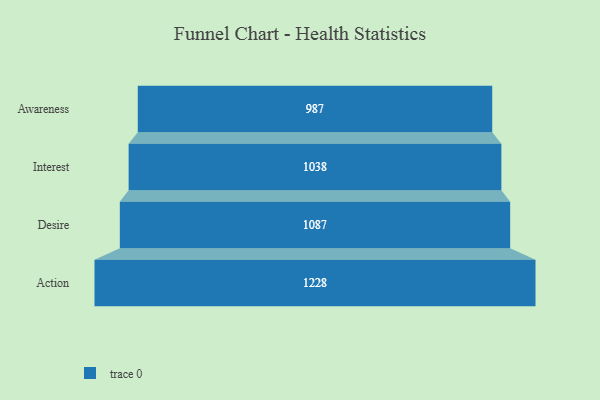
{"axis": {"x": "Stage", "y": "Value"}, "legend": [""], "data": [{"x": "Awareness", "y": 987.0, "type": ""}, {"x": "Interest", "y": 1038.0, "type": ""}, {"x": "Desire", "y": 1087.0, "type": ""}, {"x": "Action", "y": 1228.0, "type": ""}]}